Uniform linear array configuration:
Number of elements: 48
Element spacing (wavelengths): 0.5
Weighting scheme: kaiser
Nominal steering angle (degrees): -45
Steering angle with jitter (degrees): -43.584
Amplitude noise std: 0.05
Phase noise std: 0.05

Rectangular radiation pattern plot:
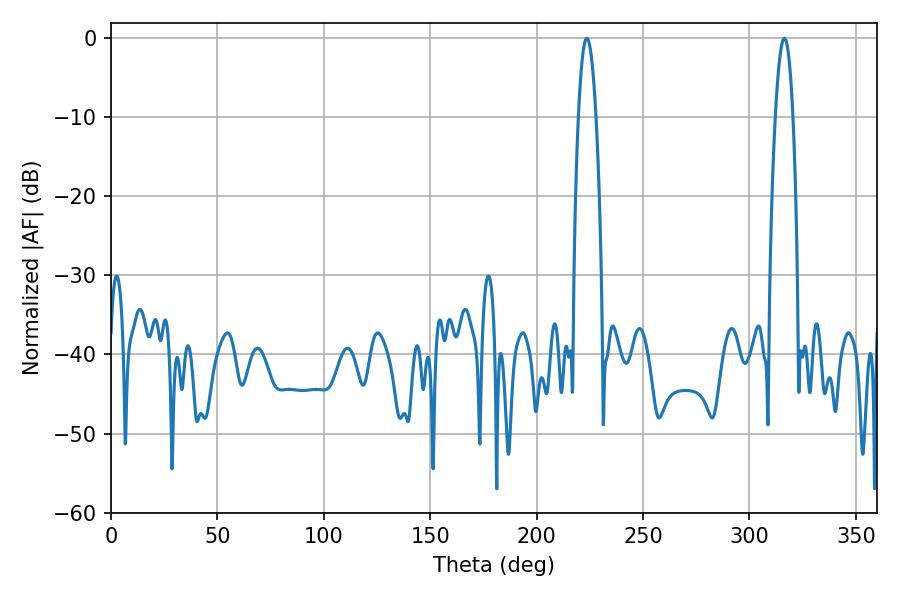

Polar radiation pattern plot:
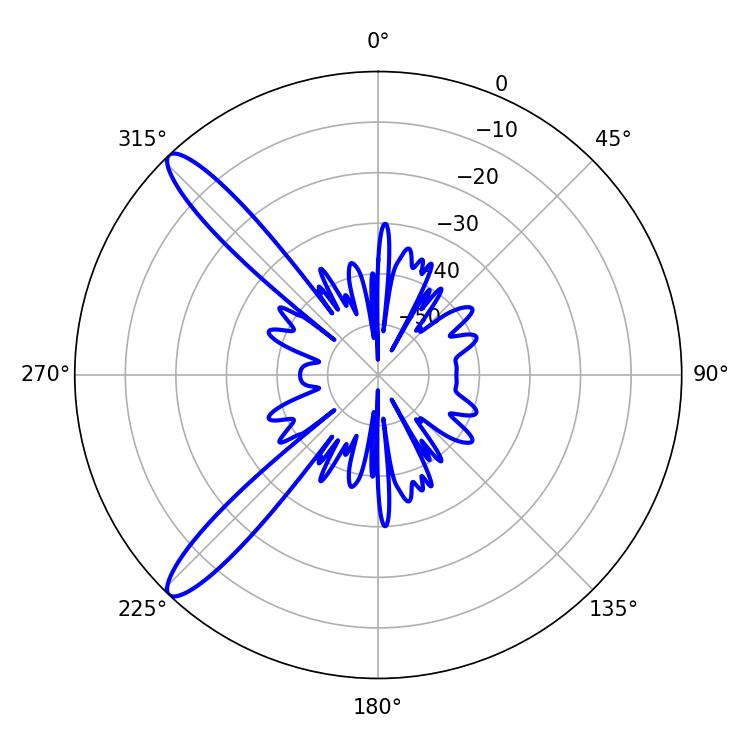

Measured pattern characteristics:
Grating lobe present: FALSE
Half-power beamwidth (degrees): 4.5
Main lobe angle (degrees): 223.56